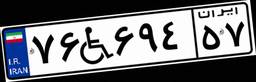
۵۰W۶۱۴۵۸